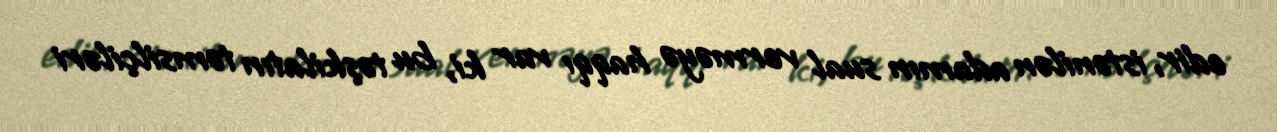
edir, istənilən adamın sual verməyə haqqı var ki, bu təşkilatın təmsilçiləri